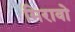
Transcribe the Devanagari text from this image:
मिरावो